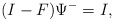
\begin{align*}(I-F)\Psi^-=I,\end{align*}